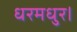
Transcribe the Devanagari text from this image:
धरमधुर।